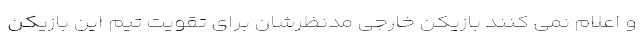
و اعلام نمی کنند بازیکن خارجی مدنظرشان برای تقویت تیم این بازیکن